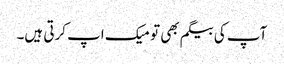
آپ کی بیگم بھی تو میک اپ کرتی ہیں۔